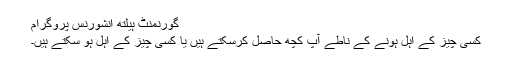
گورنمنٹ ہیلتھ انشورنس پروگرام
کسی چیز کے اہل ہونے کے ناطے آپ کچھ حاصل کرسکتے ہیں یا کسی چیز کے اہل ہو سکتے ہیں۔